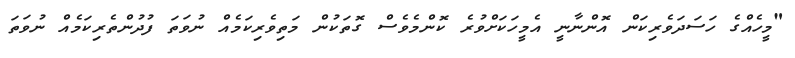
"މީހެއްގެ ހަސަދަވެރިކަން އޮންނާނީ އެމީހަކަށްވުރެ ކޮންމެވެސް ގޮތަކުން މަތިވެރިކަމެއް ނުވަތަ ފުދުންތެރިކަމެއް ނުވަތަ